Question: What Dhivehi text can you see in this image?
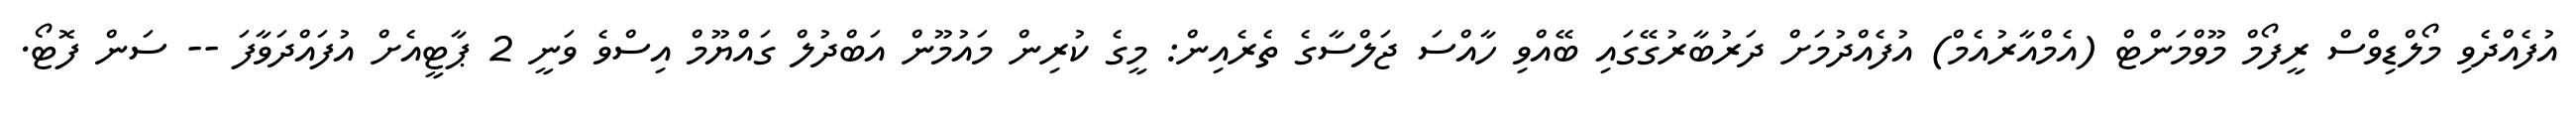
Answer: އުފެއްދެވި މޯލްޑިވްސް ރީފޯމް މޫވްމަންޓް (އެމްއާރުއެމް) އުފެއްދުމަށް ދަރުބާރުގޭގައި ބޭއްވި ހާއްސަ ޖަލްސާގެ ތެރެއިން: މީގެ ކުރިން މައުމޫން އަބްދުލް ގައްޔޫމް އިސްވެ ވަނީ 2 ޕާޓީއެށް އުފައްދަވާފަ -- ސަން ފޮޓޯ.